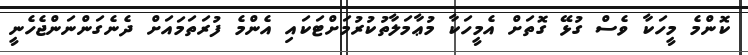
ކޮންމެ މީހަކާ ވެސް ގުޅޭ ގޮތަށް އެމީހަކާ މުޢާމަލާތުކުރުމަށްޓަކައި އެންމެ ފުރަތަމައަށް ދެނެގަންނަންޖެހެނީ